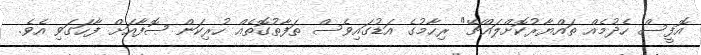
އޮފީސް ހެދުމެއް ތައްޔާރުކޮށްލައްޗޭ" ރިހާމުގެ އަޑުގައިވެސް ތަފާތުގޮތެއް ހުރިކަން ޞޮފާއަށް ފާހަގަވި އެވެ.